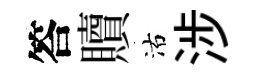
答贖沽涉